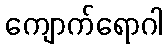
ကျောက်ရောဂါ